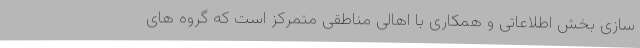
سازی بخش اطلاعاتی و همکاری با اهالی مناطقی متمرکز است که گروه های